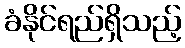
ခံနိုင်ရည်ရှိသည့်